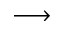
\longrightarrow